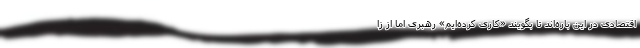
اقتصادی در این باره‌اند تا بگویند «کاری کرده‌ایم» رهبری اما از زا